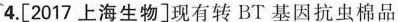
4. [2017上海生物]现有转BT基因抗虫棉品